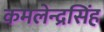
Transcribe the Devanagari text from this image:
कमलेन्द्रसिंह